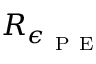
R _ { \epsilon _ { \mathrm { ~ P ~ E ~ } } }